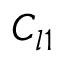
C _ { l 1 }